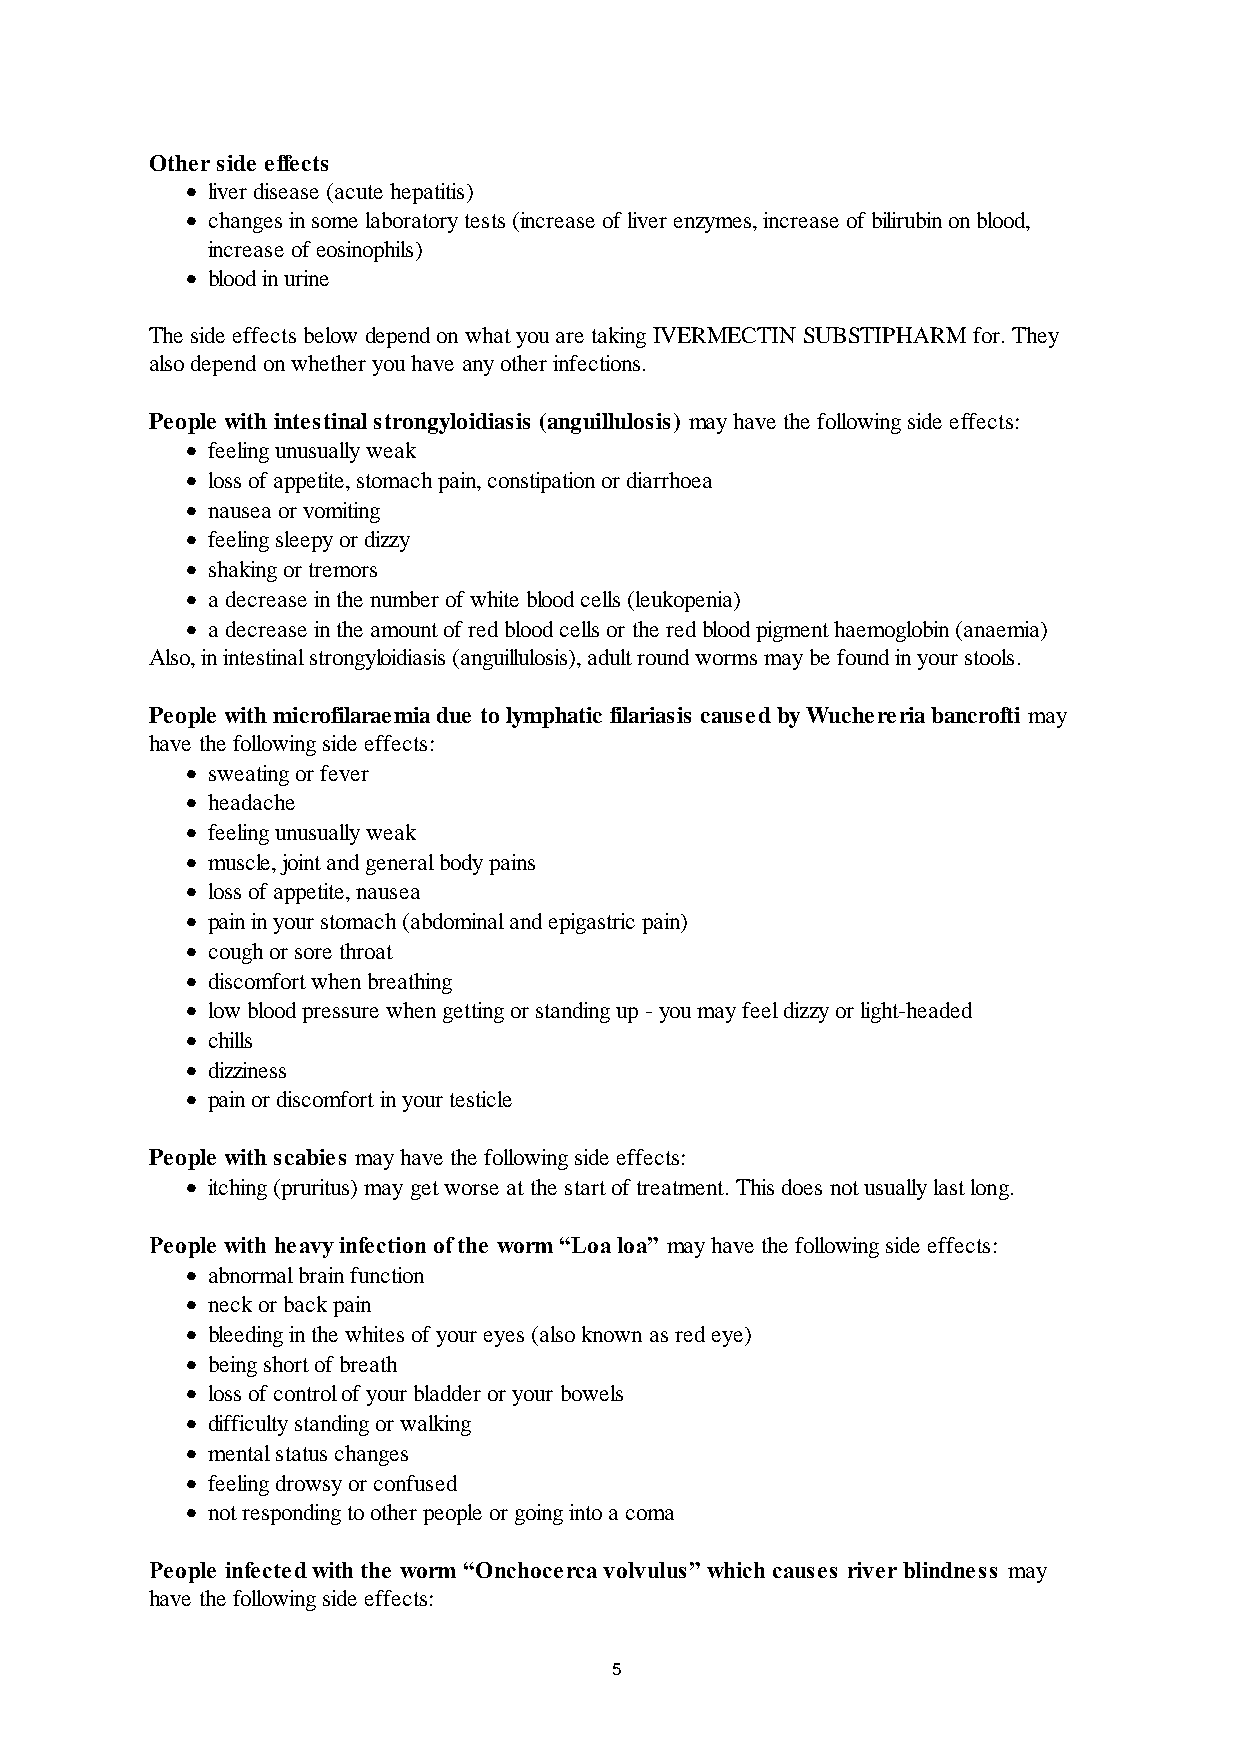
Other side effects
  liver disease (acute hepatitis)
  changes in some laboratory tests (increase of liver enzymes, increase of bilirubin on blood,
 increase of eosinophils)
  blood in urine
 The side effects below depend on what you are taking IVERMECTIN SUBSTIPHARM for. They
 also depend on whether you have any other infections.
 People with intestinal strongyloidiasis (anguillulosis) may have the following side effects:
  feeling unusually weak
  loss of appetite, stomach pain, constipation or diarrhoea
  nausea or vomiting
  feeling sleepy or dizzy
  shaking or tremors
  a decrease in the number of white blood cells (leukopenia)
  a decrease in the amount of red blood cells or the red blood pigment haemoglobin (anaemia)
 Also, in intestinal strongyloidiasis (anguillulosis), adult round worms may be found in your stools.
 People with microfilaraemia due to lymphatic filariasis caused by Wuchereria bancrofti may
 have the following side effects:
  sweating or fever
  headache
  feeling unusually weak
  muscle, joint and general body pains
  loss of appetite, nausea
  pain in your stomach (abdominal and epigastric pain)
  cough or sore throat
  discomfort when breathing
  low blood pressure when getting or standing up - you may feel dizzy or light-headed
  chills
  dizziness
  pain or discomfort in your testicle
 People with scabies may have the following side effects:
  itching (pruritus) may get worse at the start of treatment. This does not usually last long.
 People with heavy infection of the worm “Loa loa” may have the following side effects:
  abnormal brain function
  neck or back pain
  bleeding in the whites of your eyes (also known as red eye)
  being short of breath
  loss of control of your bladder or your bowels
  difficulty standing or walking
  mental status changes
  feeling drowsy or confused
  not responding to other people or going into a coma
 People infected with the worm “Onchocerca volvulus” which causes river blindness may
 have the following side effects:
 5